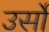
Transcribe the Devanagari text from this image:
उर्सो